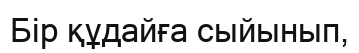
Бір құдайға сыйынып,